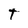
Character: T